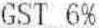
GST 6%